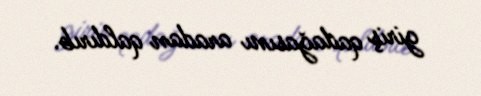
giriş qadağasını aradan qaldırıb.